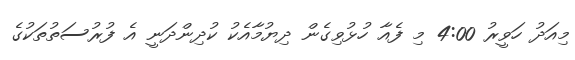
މިއަދު ހަވީރު 4:00 މި ފެއާ ހުޅުވިގެން ދިޔުމާއެކު ކުދިންދަނީ އެ ފުރުސަތުތަކުގެ